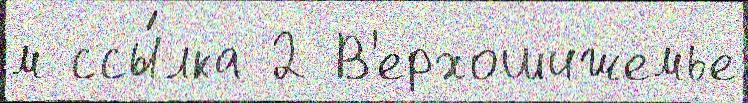
м ссы́лка 2 В'ерхошижемье